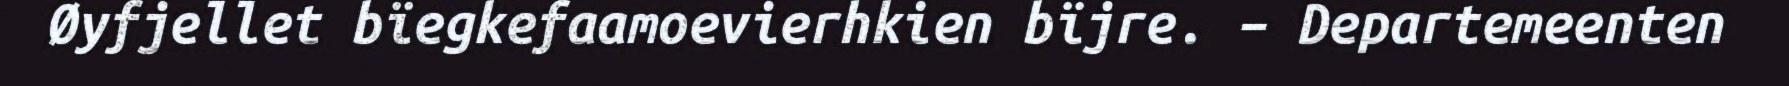
Øyfjellet bïegkefaamoevierhkien bïjre. – Departemeenten